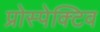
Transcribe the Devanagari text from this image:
प्रोस्पेक्टिव